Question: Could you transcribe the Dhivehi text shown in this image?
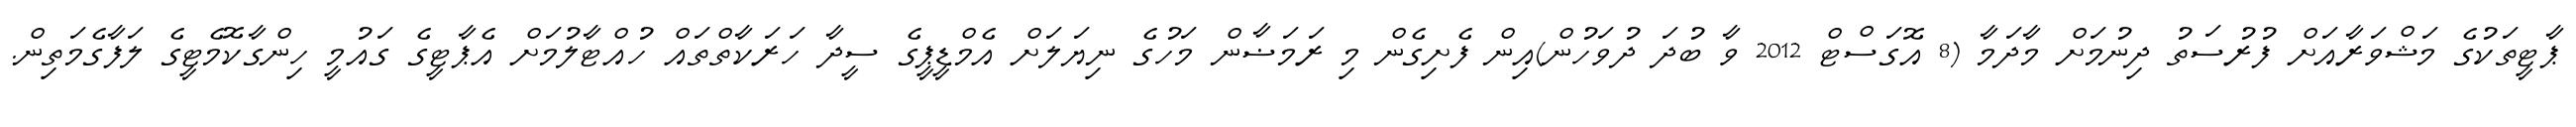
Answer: ޕާޓީތަކުގެ މަޝްވަރާއަށް ފުރުސަތު ދިނުމަށް މާދަމާ (8 އޮގަސްޓް 2012 ވާ ބުދަ ދުވަހުން)އިން ފެށިގެން މި ރަމަޟާން މަހުގެ ނިޔަލަށް އެމްޑީޕީގެ ސީދާ ހަރަކާތްތައް ހުއްޓާލުމަށް އެޕާޓީގެ ގައުމީ ހިންގާކޮމެޓީގެ ލަފާގެމަތިން.